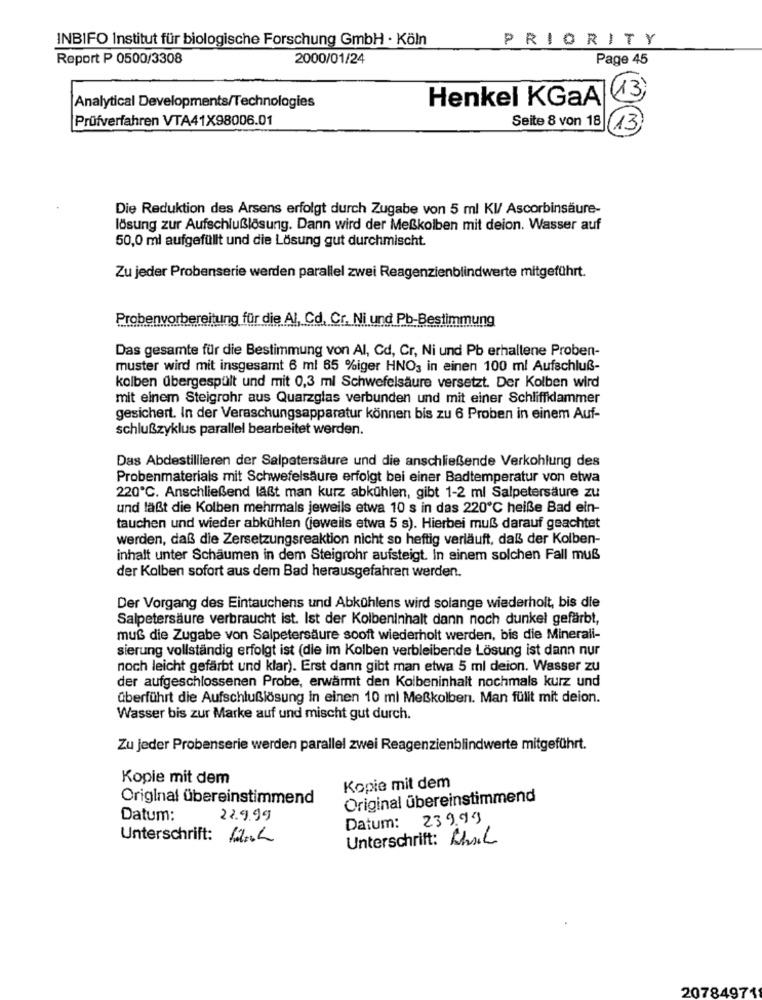
INBIFO Institut für biologische Forschung GmbH · Köln
PRIORITY
Report P 0500/3308
2000/01/24
Page 45
Henkel KGaA
13)
Analytical Developments/Technologies
Prüfverfahren VTA41X98006.01
Seite 8 von 18
13
Die Reduktion des Arsens erfolgt durch Zugabe von 5 ml KI/ Ascorbinsäure-
lösung zur Aufschlußlösung. Dann wird der Meßkolben mit deion. Wasser auf
50,0 ml aufgefüllt und die Lösung gut durchmischt.
Zu jeder Probenserie werden parallel zwei Reagenzienblindwerte mitgeführt.
Probenvorbereitung für die Al, Cd, Cr. Ni und Pb-Bestimmung
Das gesamte für die Bestimmung von Al, Cd, Cr, Ni und Pb erhaltene Proben-
muster wird mit insgesamt 6 ml 65 %iger HNO3 in einen 100 ml Aufschluß-
kolben übergespült und mit 0,3 ml Schwefelsäure versetzt. Der Kolben wird
mit einem Steigrohr aus Quarzglas verbunden und mit einer Schliffklammer
gesichert. In der Veraschungsapparatur können bis zu 6 Proben in einem Auf-
schlußzyklus parallel bearbeitet werden.
Das Abdestillieren der Salpetersäure und die anschließende Verkohlung des
Probenmaterials mit Schwefelsäure erfolgt bei einer Badtemperatur von etwa
220℃. Anschließend läßt man kurz abkühlen, gibt 1-2 ml Salpetersäure zu
und läßt die Kolben mehrmals jeweils etwa 10 s in das 220℃ heiße Bad ein-
tauchen und wieder abkühlen (jeweils etwa 5 s). Hierbei muß darauf geachtet
werden, daß die Zersetzungsreaktion nicht so heftig verläuft, daß der Kolben-
inhalt unter Schäumen in dem Steigrohr aufsteigt. In einem solchen Fall muß
der Kolben sofort aus dem Bad herausgefahren werden.
Der Vorgang des Eintauchens und Abkühlens wird solange wiederholt, bis die
Salpetersäure verbraucht ist. Ist der Kolbeninhalt dann noch dunkel gefärbt,
muß die Zugabe von Salpetersäure sooft wiederholt werden, bis die Minerali-
sierung vollständig erfolgt ist (die im Kolben verbleibende Lösung ist dann nur
noch leicht gefärbt und klar). Erst dann gibt man etwa 5 ml deion. Wasser zu
der aufgeschlossenen Probe, erwärmt den Kolbeninhalt nochmals kurz und
überführt die Aufschlußlösung in einen 10 ml Meßkolben. Man füllt mit deion.
Wasser bis zur Marke auf und mischt gut durch.
Zu jeder Probenserie werden parallel zwei Reagenzienblindwerte mitgeführt.
Kopie mit dem
Kopie mit dem
Original übereinstimmend
Original übereinstimmend
Datum:
22.9.99
Datum: 239.99
Unterschrift: H.L
Unterschrift: Abril
20784971